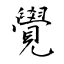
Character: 覺